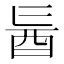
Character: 𮠙